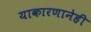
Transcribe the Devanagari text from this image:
याकारणानेही